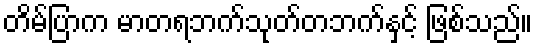
တိမ်ပြာက မာတရဘက်သုတ်တဘက်နှင့် ဖြစ်သည်။